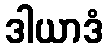
ဒါယာဒံ